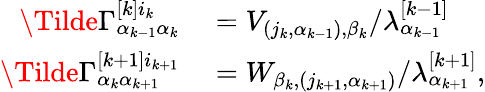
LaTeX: \begin{array}{rl}{\Tilde{\Gamma}_{\alpha_{k-1}\alpha_{k}}^{[k]i_{k}}}&{{}=V_{(j_{k},\alpha_{k-1}),\beta_{k}}/\lambda_{\alpha_{k-1}}^{[k-1]}}\\ {\Tilde{\Gamma}_{\alpha_{k}\alpha_{k+1}}^{[k+1]i_{k+1}}}&{{}=W_{\beta_{k},(j_{k+1},\alpha_{k+1})}/\lambda_{\alpha_{k+1}}^{[k+1]},}\end{array}